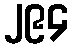
၂၉၄